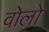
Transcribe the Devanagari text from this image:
वोलो